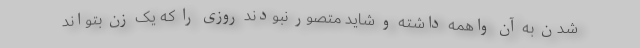
شدن به آن واهمه داشته و شاید متصور نبودند روزی را که یک زن بتواند